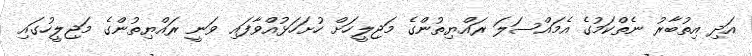
އަދި އިތުބާރު ނެތްކަމުގެ އެމައްސަލަ ރައްޔިތުންގެ މަޖިލީހަށް ހުށަހަޅުއްވާފައި ވަނީ ރައްޔިތުންގެ މަޖިލީހުގައި